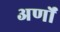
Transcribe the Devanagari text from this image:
अर्णों